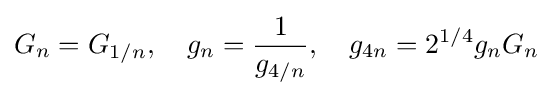
G_{n}=G_{1/n},\quad g_{n}={\frac {1}{g_{4/n}}},\quad g_{4n}=2^{1/4}g_{n}G_{n}